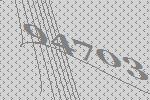
94703